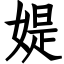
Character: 媞